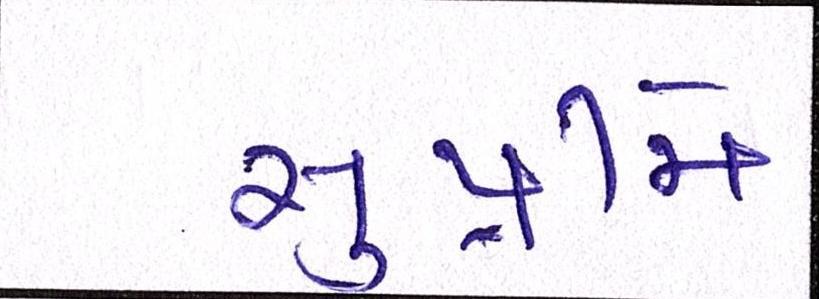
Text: સુપ્રીમે